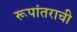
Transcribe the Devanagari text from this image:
रूपांतराची